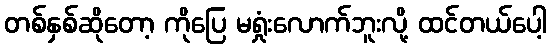
တစ်နှစ်ဆိုတော့ ကိုပြေ မရှုံးလောက်ဘူးလို့ ထင်တယ်ပေါ့